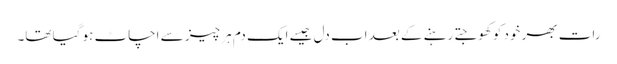
رات بھر خود کو کھوجتے رہنے کے بعد اب دل جیسے ایک دم ہر چیز سے اچاٹ ہو گیا تھا۔